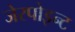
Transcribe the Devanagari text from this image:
जेरपोइन्ट